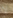
لا